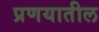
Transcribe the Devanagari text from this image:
प्रणयातील